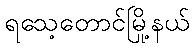
ရသေ့တောင်မြို့နယ်